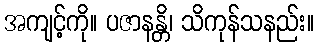
အကျင့်ကို။ ပဇာနန္တိ၊ သိကုန်သနည်း။